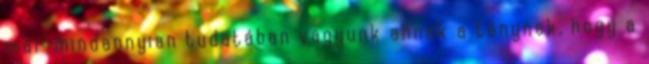
már mindannyian tudatában vagyunk annak a ténynek, hogy a